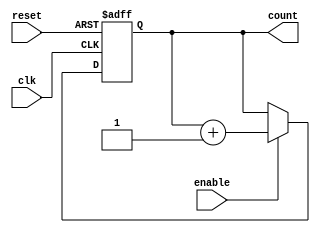
module ChainedParallelCounter (
    input wire clk,            // Clock input
    input wire reset,          // Asynchronous reset
    input wire enable,         // Enable signal
    output reg [N-1:0] count   // Output count
);
    parameter N = 4;           // Number of bits in the counter (4-bit counter)

    // Sequential logic for a chained (ripple) counter
    always @(posedge clk or posedge reset) begin
        if (reset) begin
            count <= 0;        // Reset count to 0
        end else if (enable) begin
            count <= count + 1; // Increment count on clock edge
        end
    end

endmodule